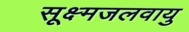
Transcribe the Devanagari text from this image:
सूक्ष्मजलवायु